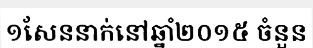
១សែននាក់នៅឆ្នាំ២០១៥ ចំនួន